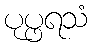
ပုပ္ဖရသံ